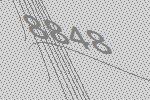
8848